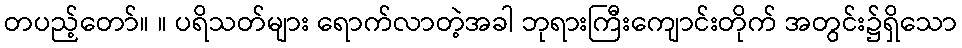
တပည့်တော်။ ။ ပရိသတ်များ ရောက်လာတဲ့အခါ ဘုရားကြီးကျောင်းတိုက် အတွင်း၌ရှိသော